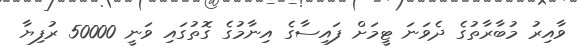
ވާއިރު މުބާރާތުގެ ދެވަނަ ޓީމަށް ފައިސާގެ އިނާމުގެ ގޮތުގައި ވަނީ 50000 ރުފިޔާ